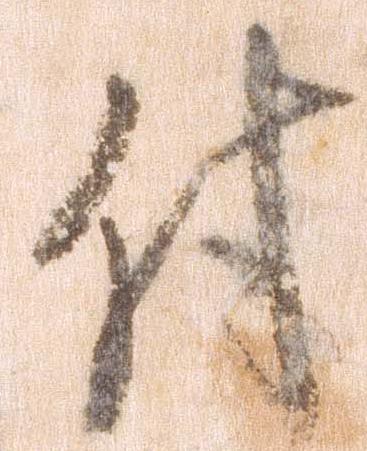
付